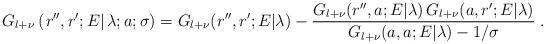
LaTeX: \begin{align*}G_{l+\nu} \left(\left. r'', r' ; E \right| \lambda; a; \sigma\right)=G_{l+\nu} (r'', r' ; E| \lambda) -\frac{ G_{l+\nu} (r'', a ; E| \lambda)\, G_{l+\nu} ( a, r' ; E| \lambda)}{G_{l+\nu}(a,a;E|\lambda) - 1/\sigma }\; .\end{align*}